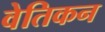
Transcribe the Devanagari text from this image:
वेतिकन